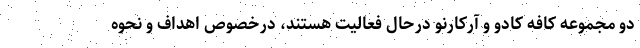
دو مجموعه کافه کادو و آرکارنو درحال فعالیت هستند، درخصوص اهداف و نحوه